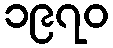
၁၉၇၀